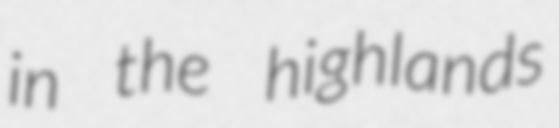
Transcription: in the highlands